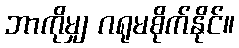
ဘာကိုမျှ ဂရုမစိုက်နိုင်။